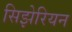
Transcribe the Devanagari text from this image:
सिझेरियन